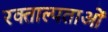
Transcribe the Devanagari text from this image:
रक्ताल्पताओं